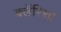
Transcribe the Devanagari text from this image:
क्लॅरिसा